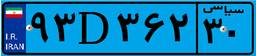
۹۳D۳۶۲۳۰